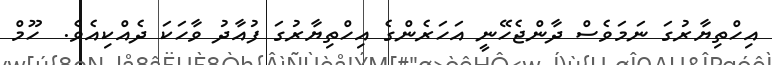
އިހްތިޔާރުގަ ނަމަވެސް ދާންޖެހޭނީ އަހަރެންގެ އިހްތިޔާރުގަ ފުއާދު ވާހަކަ ދެއްކިއެވެ.  ހޫމް